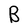
Character: B